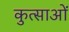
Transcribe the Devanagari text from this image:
कुत्साओं